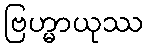
ဗြဟ္မာယုဿ